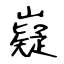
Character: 嶷